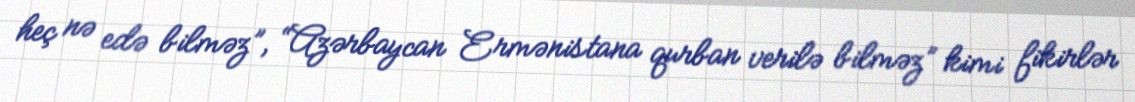
heç nə edə bilməz”, “Azərbaycan Ermənistana qurban verilə bilməz” kimi fikirlər